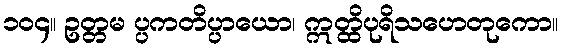
၁၀၄။ ဥတ္တမ ပ္ပကတိပ္ပာယော၊ ဣတ္ထိပုရိသဟေတုကော။